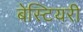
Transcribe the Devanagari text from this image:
बेस्टियरी